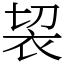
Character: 袃